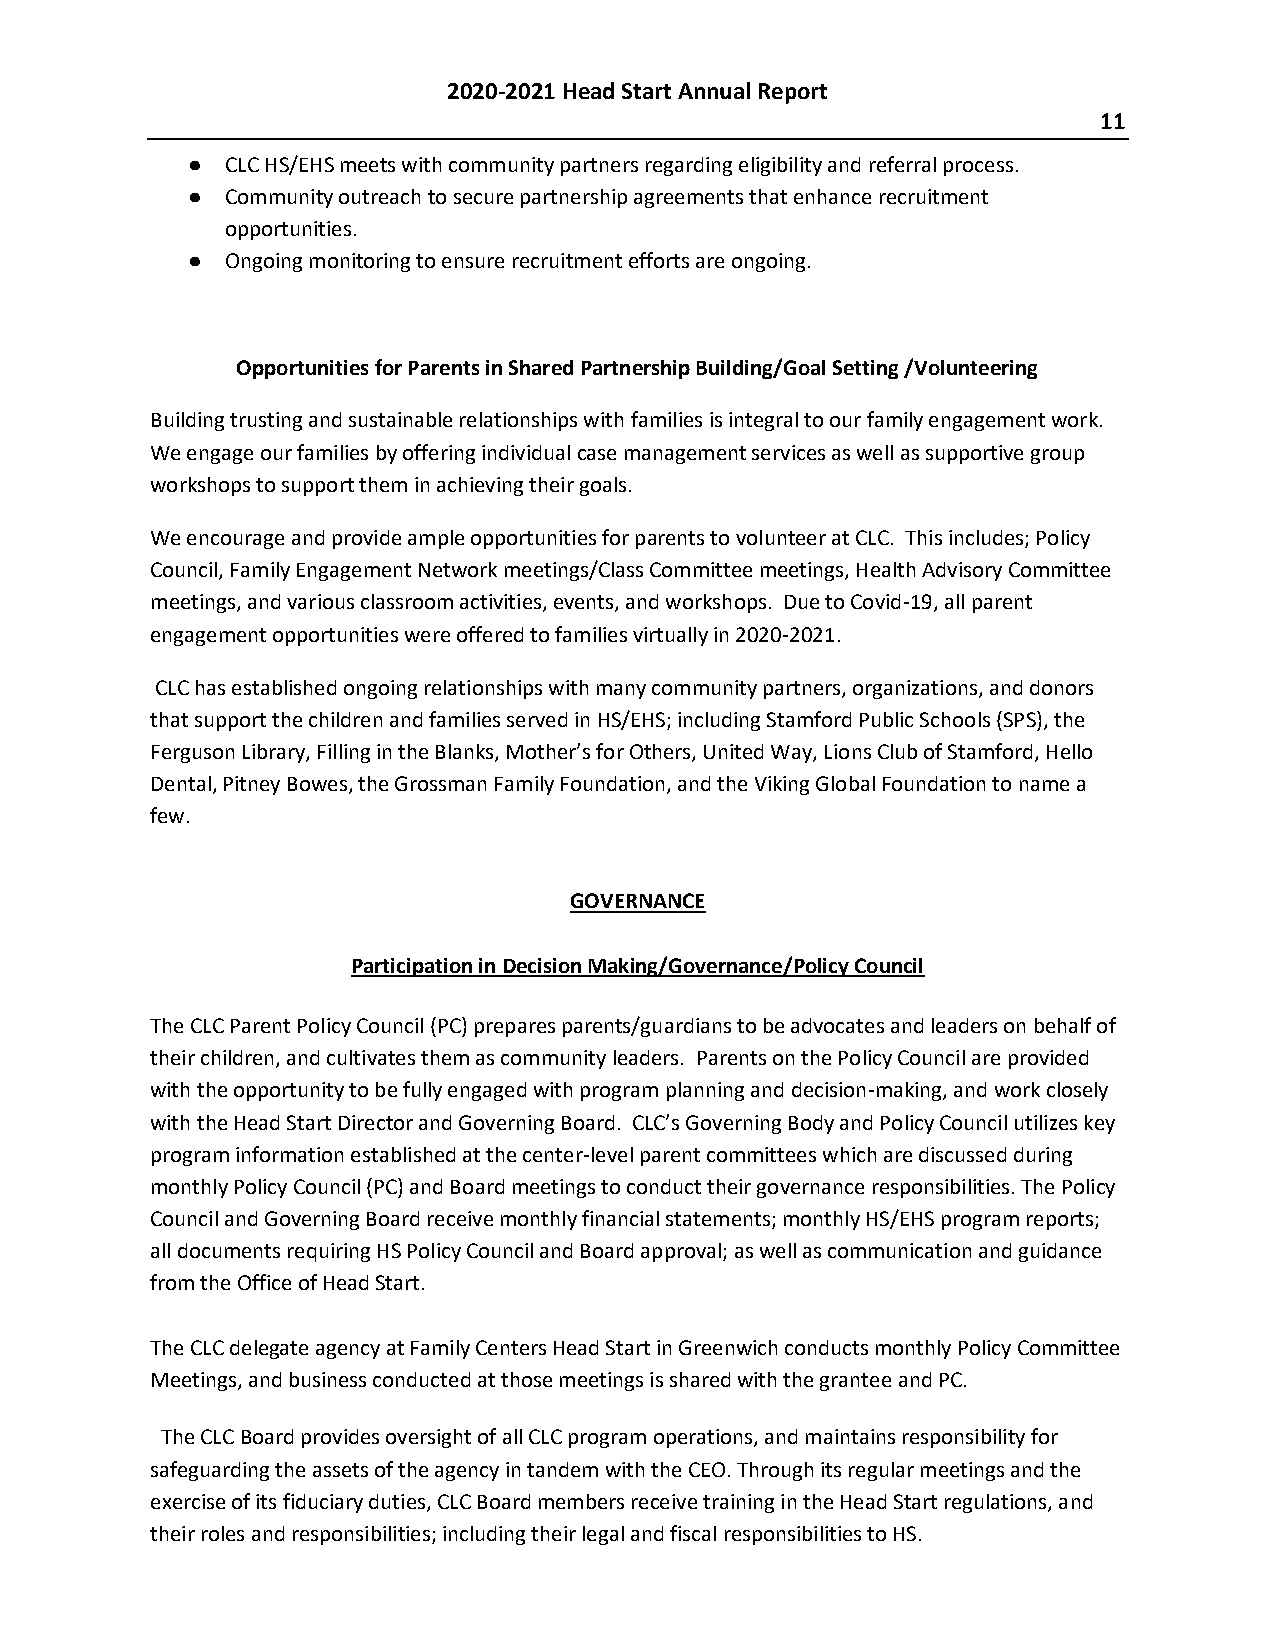
2020-2021 Head Start Annual Report
 11
 ●  CLC HS/EHS meets with community partners regarding eligibility and referral process.
 ●  Community outreach to secure partnership agreements that enhance recruitment
 opportunities.
 ●  Ongoing monitoring to ensure recruitment efforts are ongoing.
 Opportunities for Parents in Shared Partnership Building/Goal Setting /Volunteering
 Building trusting and sustainable relationships with families is integral to our family engagement work.
 We engage our families by offering individual case management services as well as supportive group
 workshops to support them in achieving their goals.
 We encourage and provide ample opportunities for parents to volunteer at CLC. This includes; Policy
 Council, Family Engagement Network meetings/Class Committee meetings, Health Advisory Committee
 meetings, and various classroom activities, events, and workshops. Due to Covid-19, all parent
 engagement opportunities were offered to families virtually in 2020-2021.
 CLC has established ongoing relationships with many community partners, organizations, and donors
 that support the children and families served in HS/EHS; including Stamford Public Schools (SPS), the
 Ferguson Library, Filling in the Blanks, Mother’s for Others, United Way, Lions Club of Stamford, Hello
 Dental, Pitney Bowes, the Grossman Family Foundation, and the Viking Global Foundation to name a
 few.
 GOVERNANCE
 Participation in Decision Making/Governance/Policy Council
 The CLC Parent Policy Council (PC) prepares parents/guardians to be advocates and leaders on behalf of
 their children, and cultivates them as community leaders. Parents on the Policy Council are provided
 with the opportunity to be fully engaged with program planning and decision-making, and work closely
 with the Head Start Director and Governing Board. CLC’s Governing Body and Policy Council utilizes key
 program information established at the center-level parent committees which are discussed during
 monthly Policy Council (PC) and Board meetings to conduct their governance responsibilities. The Policy
 Council and Governing Board receive monthly financial statements; monthly HS/EHS program reports;
 all documents requiring HS Policy Council and Board approval; as well as communication and guidance
 from the Office of Head Start.
 The CLC delegate agency at Family Centers Head Start in Greenwich conducts monthly Policy Committee
 Meetings, and business conducted at those meetings is shared with the grantee and PC.
 The CLC Board provides oversight of all CLC program operations, and maintains responsibility for
 safeguarding the assets of the agency in tandem with the CEO. Through its regular meetings and the
 exercise of its fiduciary duties, CLC Board members receive training in the Head Start regulations, and
 their roles and responsibilities; including their legal and fiscal responsibilities to HS.